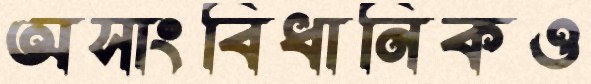
অসাংবিধানিকও